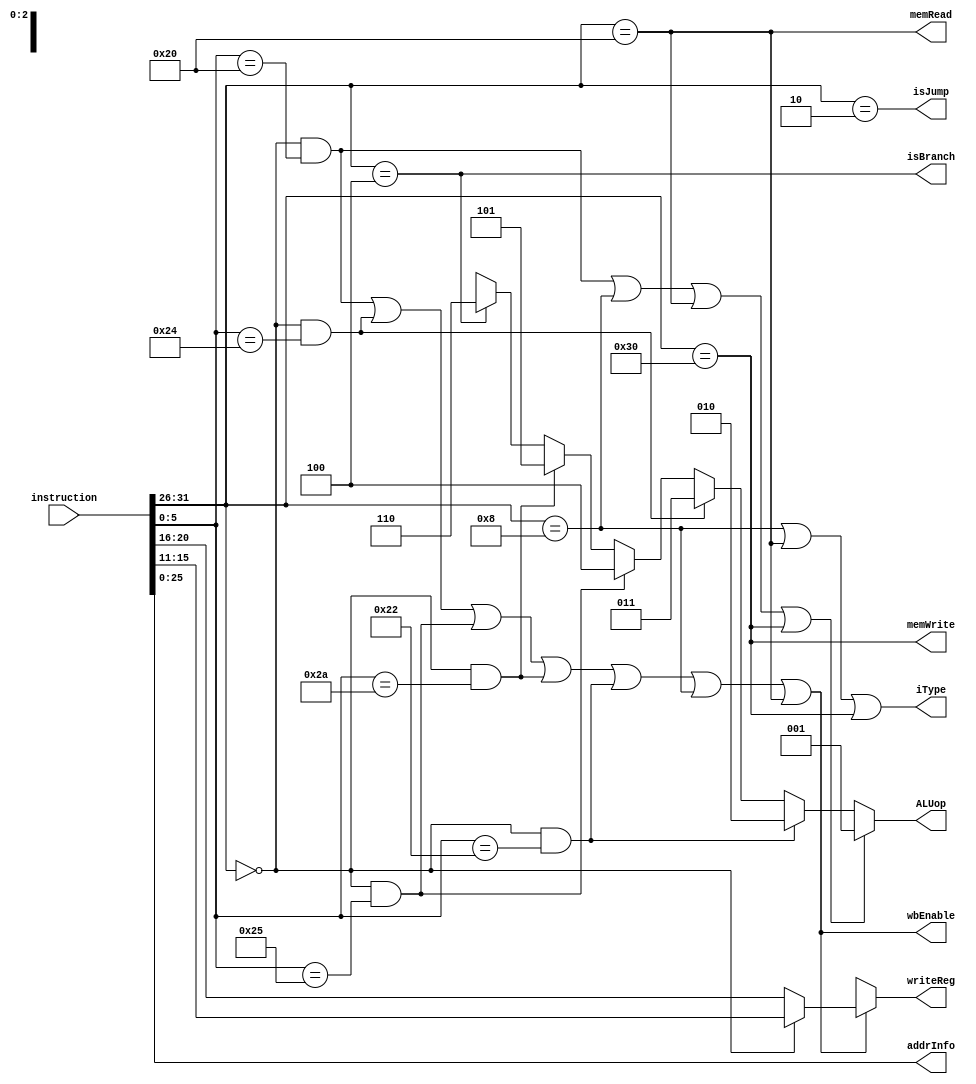
`define RType instruction[31:26]==6'h0
`define ADDI instruction[31:26]==6'h8
`define LOAD instruction[31:26]==6'h20
`define STORE instruction[31:26]==6'h30
`define BEQ instruction[31:26]==6'h4
`define JMP instruction[31:26]==6'h2


`define ADD instruction[31:26]==6'h0 & instruction[5:0]==6'h20
`define SUB instruction[31:26]==6'h0 & instruction[5:0]==6'h22
`define AND instruction[31:26]==6'h0 & instruction[5:0]==6'h24
`define OR instruction[31:26]==6'h0 & instruction[5:0]==6'h25
`define SLT instruction[31:26]==6'h0 & instruction[5:0]==6'h2A
`define NOP instruction[31:26]==6'h0 & instruction[5:0]==6'h0


module insDecoder(instruction, addrInfo, ALUop, writeReg, memRead, memWrite, iType, wbEnable, isBranch, isJump);

input [31:0] instruction;
output [25:0] addrInfo;
output [2:0] ALUop;
output [4:0] writeReg;//destination (dst)
output wbEnable, memRead, memWrite, iType, isBranch, isJump;


   /*
    Input:
                   32-bit "instruction"
    Outputs:

    isBranch, isJump : TRUE  if instruction is branch or jump respectively; FALSE  otherwise.
    memRead: TRUE if instruction will read from data memory; FALSE otherwise.
    memWrite: TRUE if instruction will write to  data memory; FALSE otherwise.
    wbEnable: TRUE if instruction will write a result to a register; FALSE otherwise
    iType: TRUE if it is an IType instruction that is not a Branch; FALSE for Branch and non I-Type istructions.

    writeReg: id of register to be written; dont care if wbEnable is set to FALSE.
    addrInfo: the 26 LSBs of the instruction
    ALUop:  Defined by Table 2/

    */
   assign isBranch=`BEQ;
   assign isJump=`JMP;
   assign memRead=`LOAD;
   assign memWrite=`STORE;
   assign wbEnable=(`ADD)||(`AND)||(`OR)||(`SLT)||(`SUB)||(`ADDI)||(`LOAD);
   assign iType=`ADDI||`LOAD||`STORE;
   assign writeReg[4:0]=((`ADD)||(`AND)||(`OR)||(`SLT)||(`SUB)||(`ADDI)||(`LOAD))? ((instruction[31:26]==6'h0) ? instruction[15:11]:instruction[20:16]):5'hx;
   assign addrInfo[25:0]=instruction[25:0];
   assign ALUop[2:0]=((`ADD)||(`ADDI)||(`LOAD)||(`STORE))? 3'b001:((`SUB)? 3'b010:((`AND)? 3'b011:((`OR)? 3'b100:((`SLT)? 3'b101:((`BEQ)?3'b110:3'bxxx)))));


endmodule